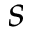
s